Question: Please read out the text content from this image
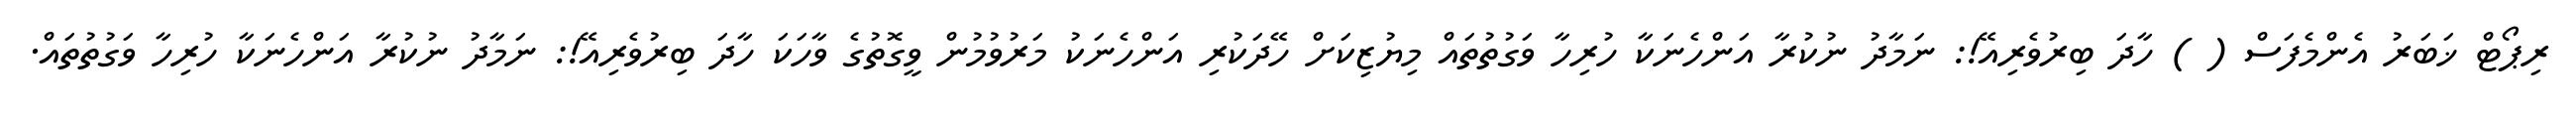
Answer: ރިޕޯޓް ޚަބަރު އެންމެފަސް ( ) ހާދަ ބިރުވެރިއޭ!: ނަމާދު ނުކުރާ އަންހެނަކާ ހުރިހާ ވަގުތުތައް މިޔުޒިކަށް ހޭދަކުރި އަންހެނަކު މަރުވުމުން ވީގޮތުގެ ވާހަކަ ހާދަ ބިރުވެރިއޭ!: ނަމާދު ނުކުރާ އަންހެނަކާ ހުރިހާ ވަގުތުތައް.